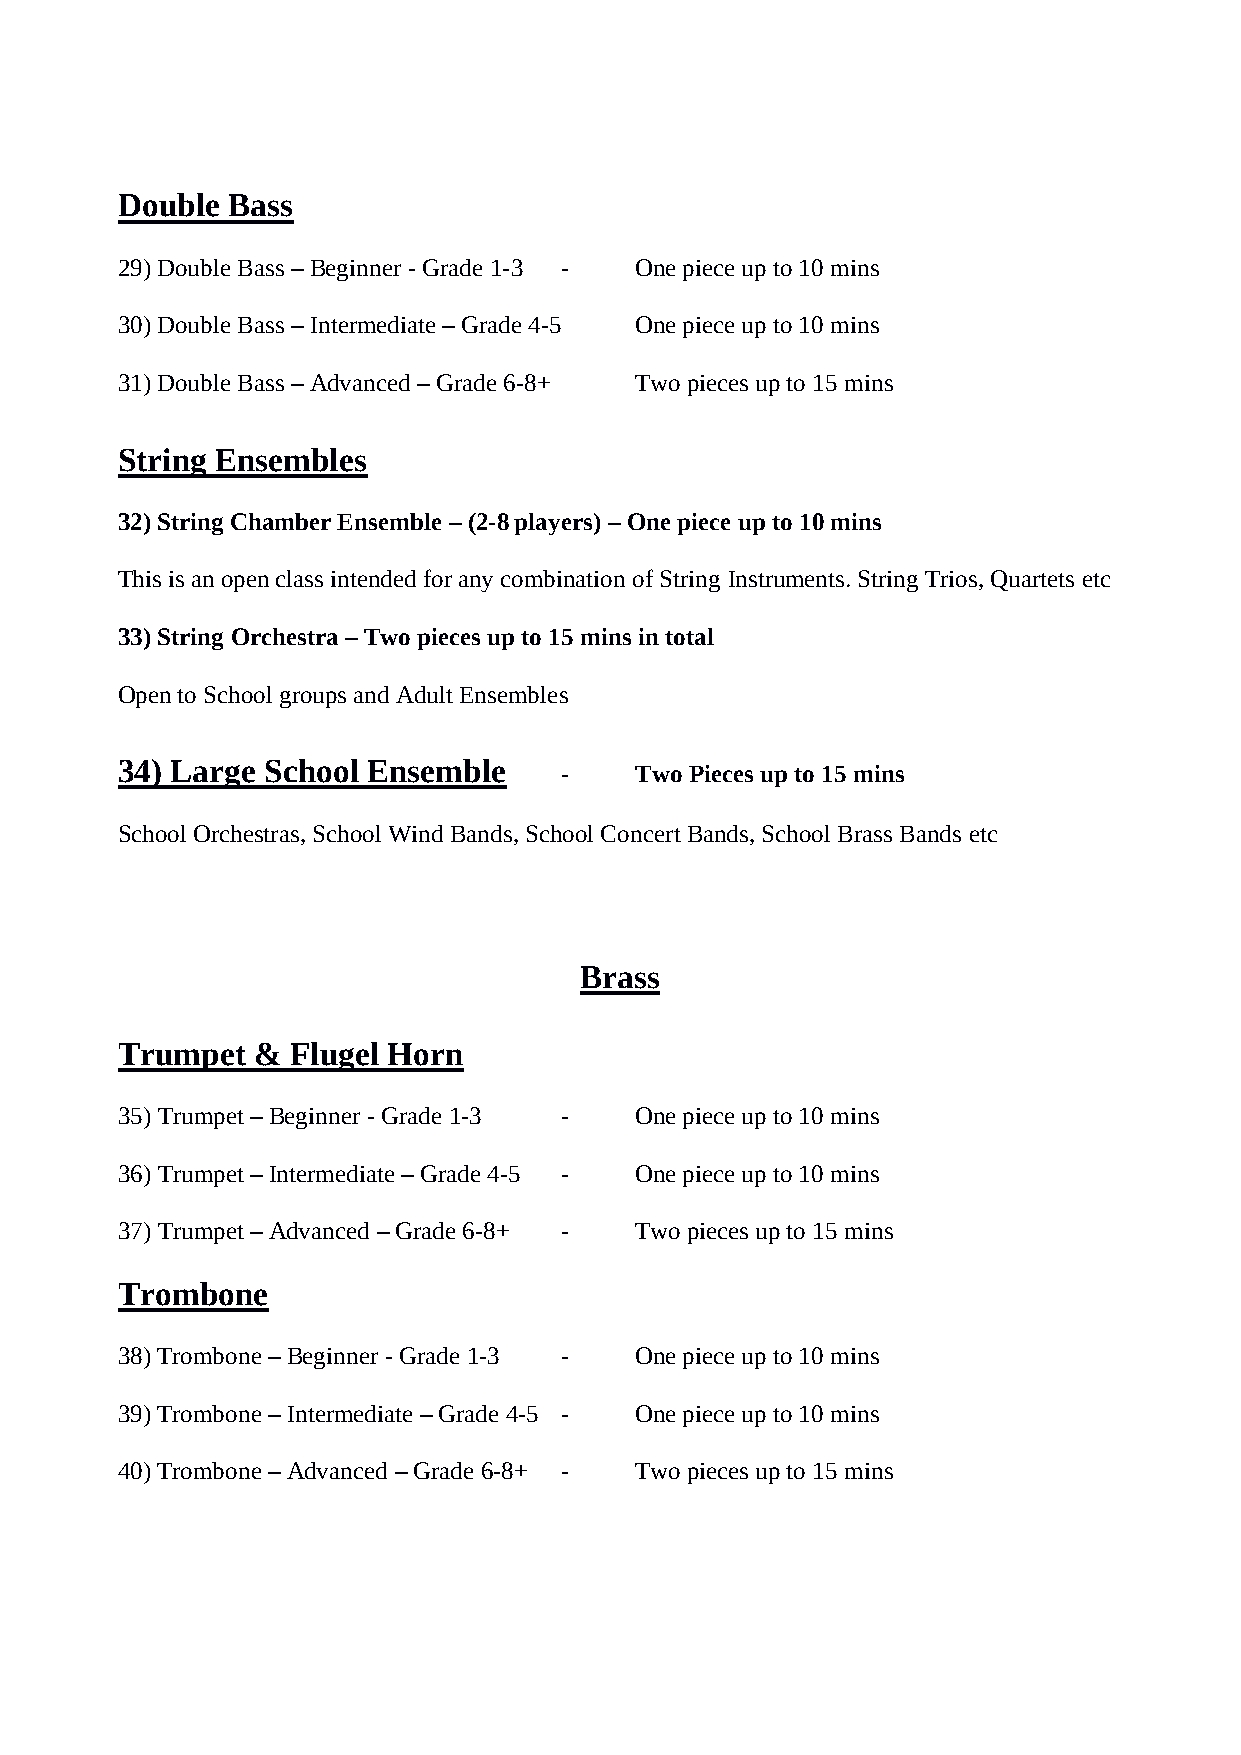
Double Bass
 29) Double Bass – Beginner - Grade 1-3 - One piece up to 10 mins
 30) Double Bass – Intermediate – Grade 4-5 One piece up to 10 mins
 31) Double Bass – Advanced – Grade 6-8+ Two pieces up to 15 mins
 String Ensembles
 32) String Chamber Ensemble – (2-8 players) – One piece up to 10 mins
 This is an open class intended for any combination of String Instruments. String Trios, Quartets etc
 33) String Orchestra – Two pieces up to 15 mins in total
 Open to School groups and Adult Ensembles
 34) Large School Ensemble
 -    Two Pieces up to 15 mins
 School Orchestras, School Wind Bands, School Concert Bands, School Brass Bands etc
 Brass
 Trumpet  & Flugel Horn
 35) Trumpet – Beginner - Grade 1-3 - One piece up to 10 mins
 36) Trumpet – Intermediate – Grade 4-5 - One piece up to 10 mins
 37) Trumpet – Advanced – Grade 6-8+ - Two pieces up to 15 mins
 Trombone
 38) Trombone – Beginner - Grade 1-3 - One piece up to 10 mins
 39) Trombone – Intermediate – Grade 4-5 - One piece up to 10 mins
 40) Trombone – Advanced – Grade 6-8+ - Two pieces up to 15 mins